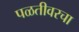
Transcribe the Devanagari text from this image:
पळतीवरचा